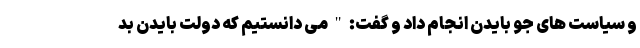
و سیاست های جو بایدن انجام داد و گفت: " می دانستیم که دولت بایدن بد